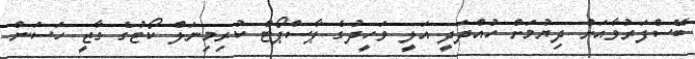
ބޭސްފަރުވާއަށް ދިޔުމަށް ހުއްދަދީ އަލީ ވަހީދުގެ ޕާސްޕޯޓް ކުރިމިނަލް ކޯޓުގެ ގާޒީ ހަސަން